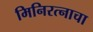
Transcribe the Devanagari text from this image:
मिनिरत्नाचा